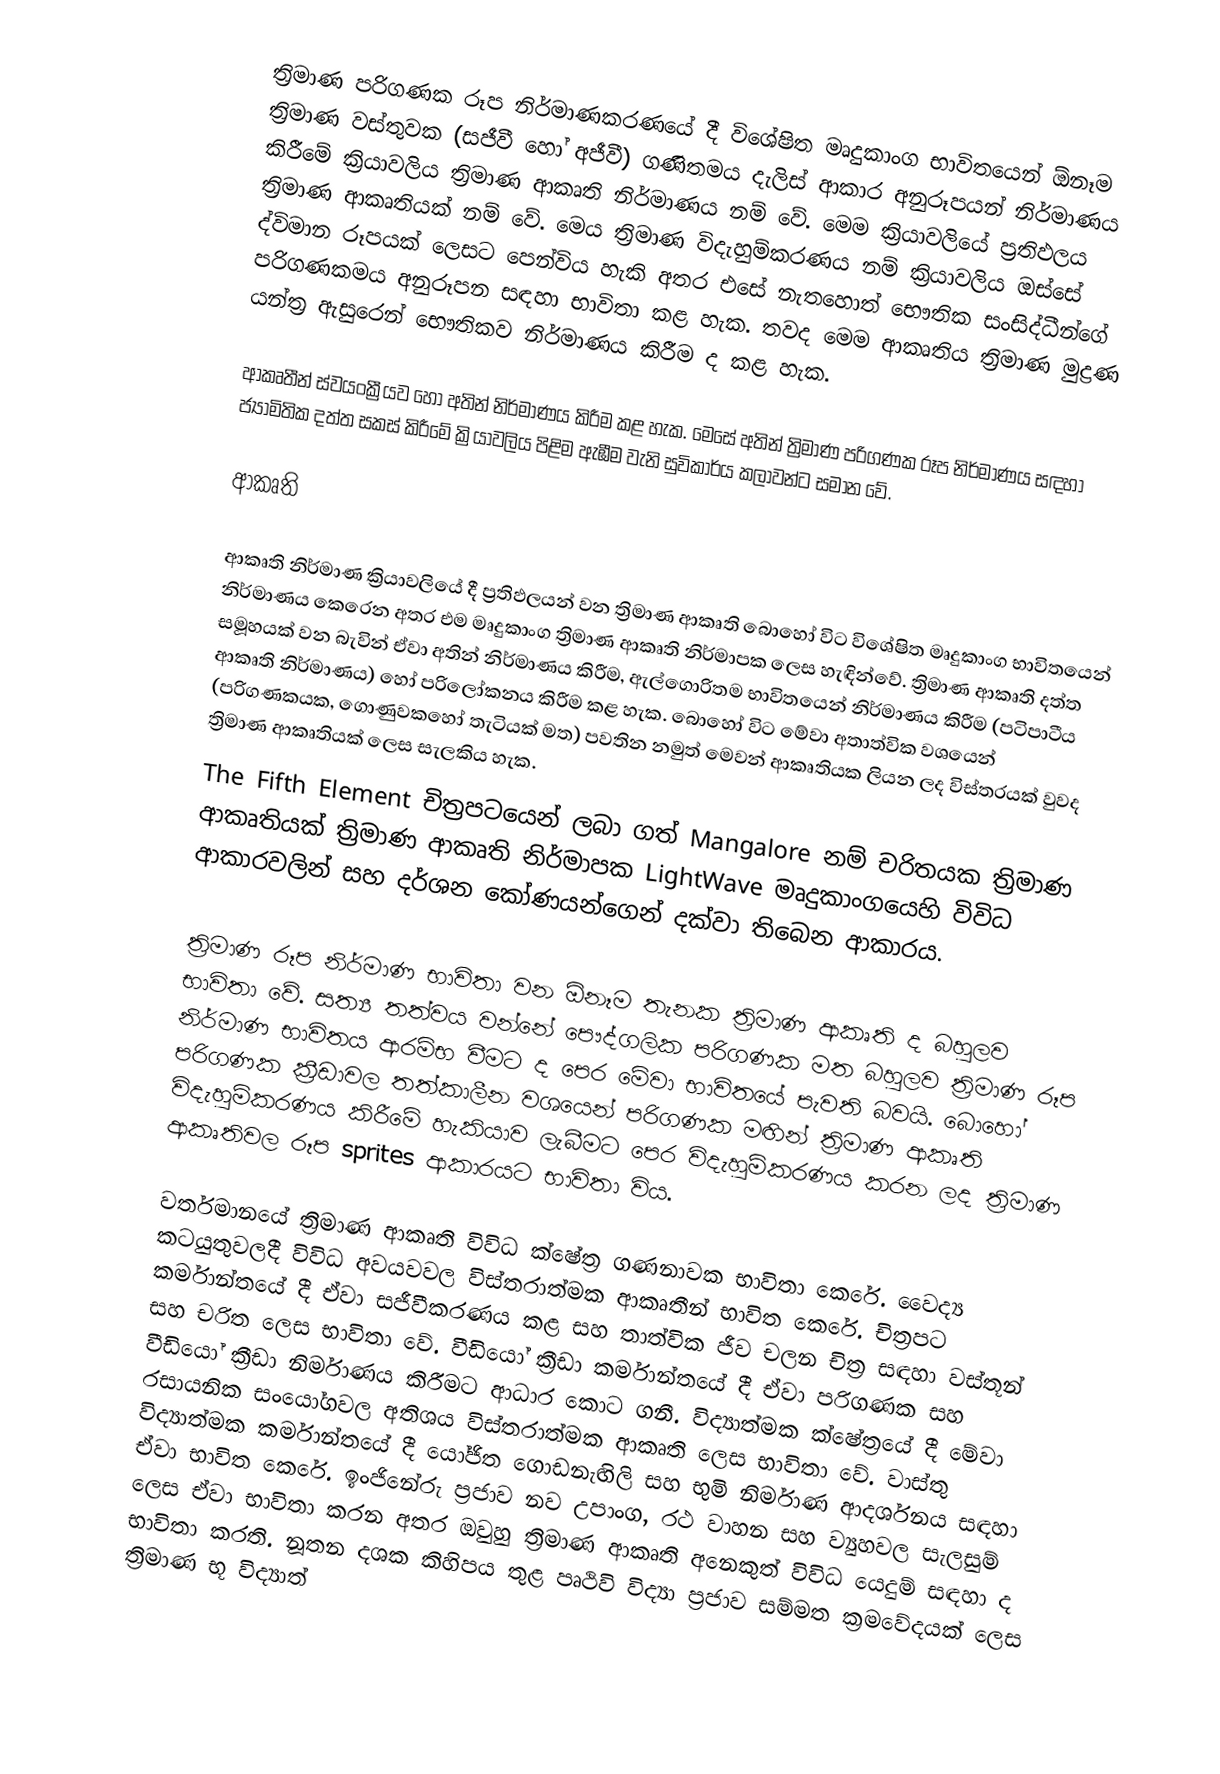
ත්‍රිමාණ පරිගණක රූප නිර්මාණකරණයේ දී විශේෂිත මෘදුකාංග භාවිතයෙන් ඕනෑම ත්‍රිමාණ වස්තුවක (සජීවී හෝ අජීවී) ගණිතමය දැලිස් ආකාර අනුරූපයන් නිර්මාණය කිරීමේ ක්‍රියාවලිය ත්‍රිමාණ ආකෘති නිර්මාණය නම් වේ. මෙම ක්‍රියාවලියේ ප්‍රතිඵලය ත්‍රිමාණ ආකෘතියක් නම් වේ. මෙය ත්‍රිමාණ විදැහුම්කරණය නම් ක්‍රියාවලිය ඔස්සේ ද්විමාන රූපයක් ලෙසට පෙන්විය හැකි අතර එසේ නැතහොත් භෞතික සංසිද්ධීන්ගේ පරිගණකමය අනුරූපන සඳහා භාවිතා කළ හැක. තවද මෙම ආකෘතිය ත්‍රිමාණ මුද්‍රණ යන්ත්‍ර ඇසුරෙන් භෞතිකව නිර්මාණය කිරීම ද කළ හැක.

ආකෘතීන් ස්වයංක්‍රීයව හෝ අතින් නිර්මාණය කිරීම කළ හැක. මෙසේ අතින් ත්‍රිමාණ පරිගණක රූප නිර්මාණය සඳහා ජ්‍යාමිතික දත්ත සකස් කිරීමේ ක්‍රියාවලිය පිළිම ඇඹීම වැනි සුවිකාර්ය කලාවන්ට සමාන වේ.

ආකෘති

ආකෘති නිර්මාණ ක්‍රියාවලියේ දී ප්‍රතිඵලයන් වන ත්‍රිමාණ ආකෘති බොහෝ විට විශේෂිත මෘදුකාංග භාවිතයෙන් නිර්මාණය කෙරෙන අතර එම මෘදුකාංග ත්‍රිමාණ ආකෘති නිර්මාපක ලෙස හැඳින්වේ. ත්‍රිමාණ ආකෘති දත්ත සමූහයක් වන බැවින් ඒවා අතින් නිර්මාණය කිරීම, ඇල්ගොරිතම භාවිතයෙන් නිර්මාණය කිරීම (පටිපාටීය ආකෘති නිර්මාණය) හෝ පරිලෝකනය කිරීම කළ හැක. බොහෝ විට මේවා අතාත්වික වශයෙන් (පරිගණකයක, ගොණුවක‍හෝ තැටියක් මත) පවතින නමුත් මෙවන් ආකෘතියක ලියන ලද විස්තරයක් වුවද ත්‍රිමාණ ආකෘතියක් ලෙස සැලකිය හැක.
The Fifth Element චිත්‍රපට‍යෙන් ලබා ගත් Mangalore නම් චරිතයක ත්‍රිමාණ ආකෘතියක් ත්‍රිමාණ ආකෘති නිර්මාපක LightWave මෘදුකාංගයෙහි විවිධ ආකාරවලින් සහ දර්ශන කෝණයන්ගෙන් දක්වා තිබෙන ආකාරය.
‍
ත්‍රිමාණ රූප නිර්මාණ භාවිතා වන ඕනෑම තැනක ත්‍රිමාණ ආකෘති ද බහුලව භාවිතා වේ. සත්‍ය තත්වය වන්නේ පෞද්ගලික පරිගණක මත බහුලව ත්‍රිමාණ රූප නිර්මාණ භාවිතය ආරම්භ වීමට ද පෙර මේවා භාවිතයේ පැවති බවයි. බොහෝ පරිගණක ක්‍රීඩාවල තත්කාලීන වශයෙන් පරිගණක මඟින් ත්‍රිමාණ ආකෘති විදැහුම්කරණය කිරීමේ හැකියාව ලැබීමට පෙර විදැහුම්කරණය කරන ලද ත්‍රිමාණ ආකෘතිවල රූප sprites ආකාරයට භාවිතා විය.

වර්තමානයේ ත්‍රිමාණ ආකෘති විවිධ ක්ෂේත්‍ර ගණනාවක භාවිත‍ා කෙරේ. වෛද්‍ය කටයුතුවලදී විවිධ අවයවවල විස්තරාත්මක ආකෘතීන් භාවිත කෙරේ. චිත්‍රපට කර්මාන්තයේ දී ඒවා සජීවීකරණය කළ සහ තාත්වික ජීව චලන චිත්‍ර සඳහා වස්තූන් සහ චරිත ලෙස භාවිතා වේ. වීඩියෝ ක්‍රීඩා කර්මාන්තයේ දී ඒවා පරිගණක සහ වීඩියෝ ක්‍රීඩා නිර්මාණය කිරීමට ආධාර කොට ගනී. විද්‍යාත්මක ක්ෂේත්‍රයේ දී මේවා රසායනික සංයෝගවල අතිශය විස්තරාත්මක ආකෘති ලෙස භාවිතා වේ. වාස්තු විද්‍යාත්මක කර්මාන්තයේ දී යෝජිත ගොඩනැඟිලි සහ භුමි නිර්මාණ ආදර්ශනය සඳහා ඒවා භාවිත කෙරේ. ඉංජිනේරු ප්‍රජාව නව උපාංග, රථ වාහන සහ ව්‍යුහවල සැලසුම් ලෙස ඒවා ‍භාවිතා කරන අතර ඔවුහු ත්‍රිමාණ ආකෘති අනෙකුත් විවිධ යෙදුම් සඳහා ද භාවිතා ‍කරති. නූතන දශක කිහිපය තුළ පෘථිවි විද්‍යා ප්‍රජාව සම්මත ක්‍රමවේදයක් ලෙස ත්‍රිමාණ භූ විද්‍යාත්